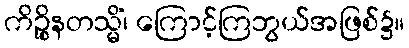
ကိဉ္စိနတသ္မိံ၊ ကြောင့်ကြဘွယ်အဖြစ်၌။